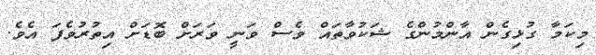
މިކަމާ ގުޅިގެން އާންމުންގެ ޝަކުވާތައް ވެސް ވަނީ ވަރަށް ބޮޑަށް އިތުރުވެފަ އެވެ.